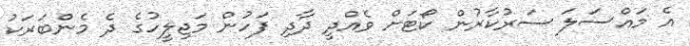
އެ މައްސަލަ ސަރުކާރުން ކޯޓަށް ވެއްދީ ދާދި ފަހުން މަޖިލީހުގެ ދެ މެންބަރަކު